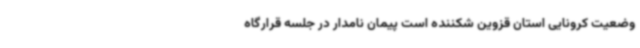
وضعیت کرونایی استان قزوین شکننده است پیمان نامدار در جلسه قرارگاه